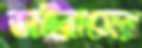
ভাইরাসের